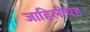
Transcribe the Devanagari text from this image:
जाहिलीयह